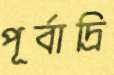
পূর্বাদ্রি